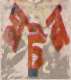
মটর